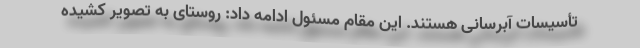
تأسیسات آبرسانی هستند. این مقام مسئول ادامه داد: روستای به تصویر کشیده